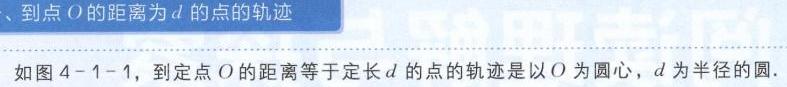
、到点\(O\)的距离为\(d\)的点的轨迹
如图4 - 1 - 1，到定点\(O\)的距离等于定长\(d\)的点的轨迹是以\(O\)为圆心，\(d\)为半径的圆.